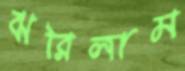
ঝরিলাম